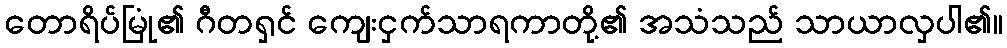
တောရိပ်မြုံ၏ ဂီတရှင် ကျေးငှက်သာရကာတို့၏ အသံသည် သာယာလှပါ၏။